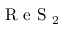
\mathrm { ~ R ~ e ~ S ~ } _ { 2 }